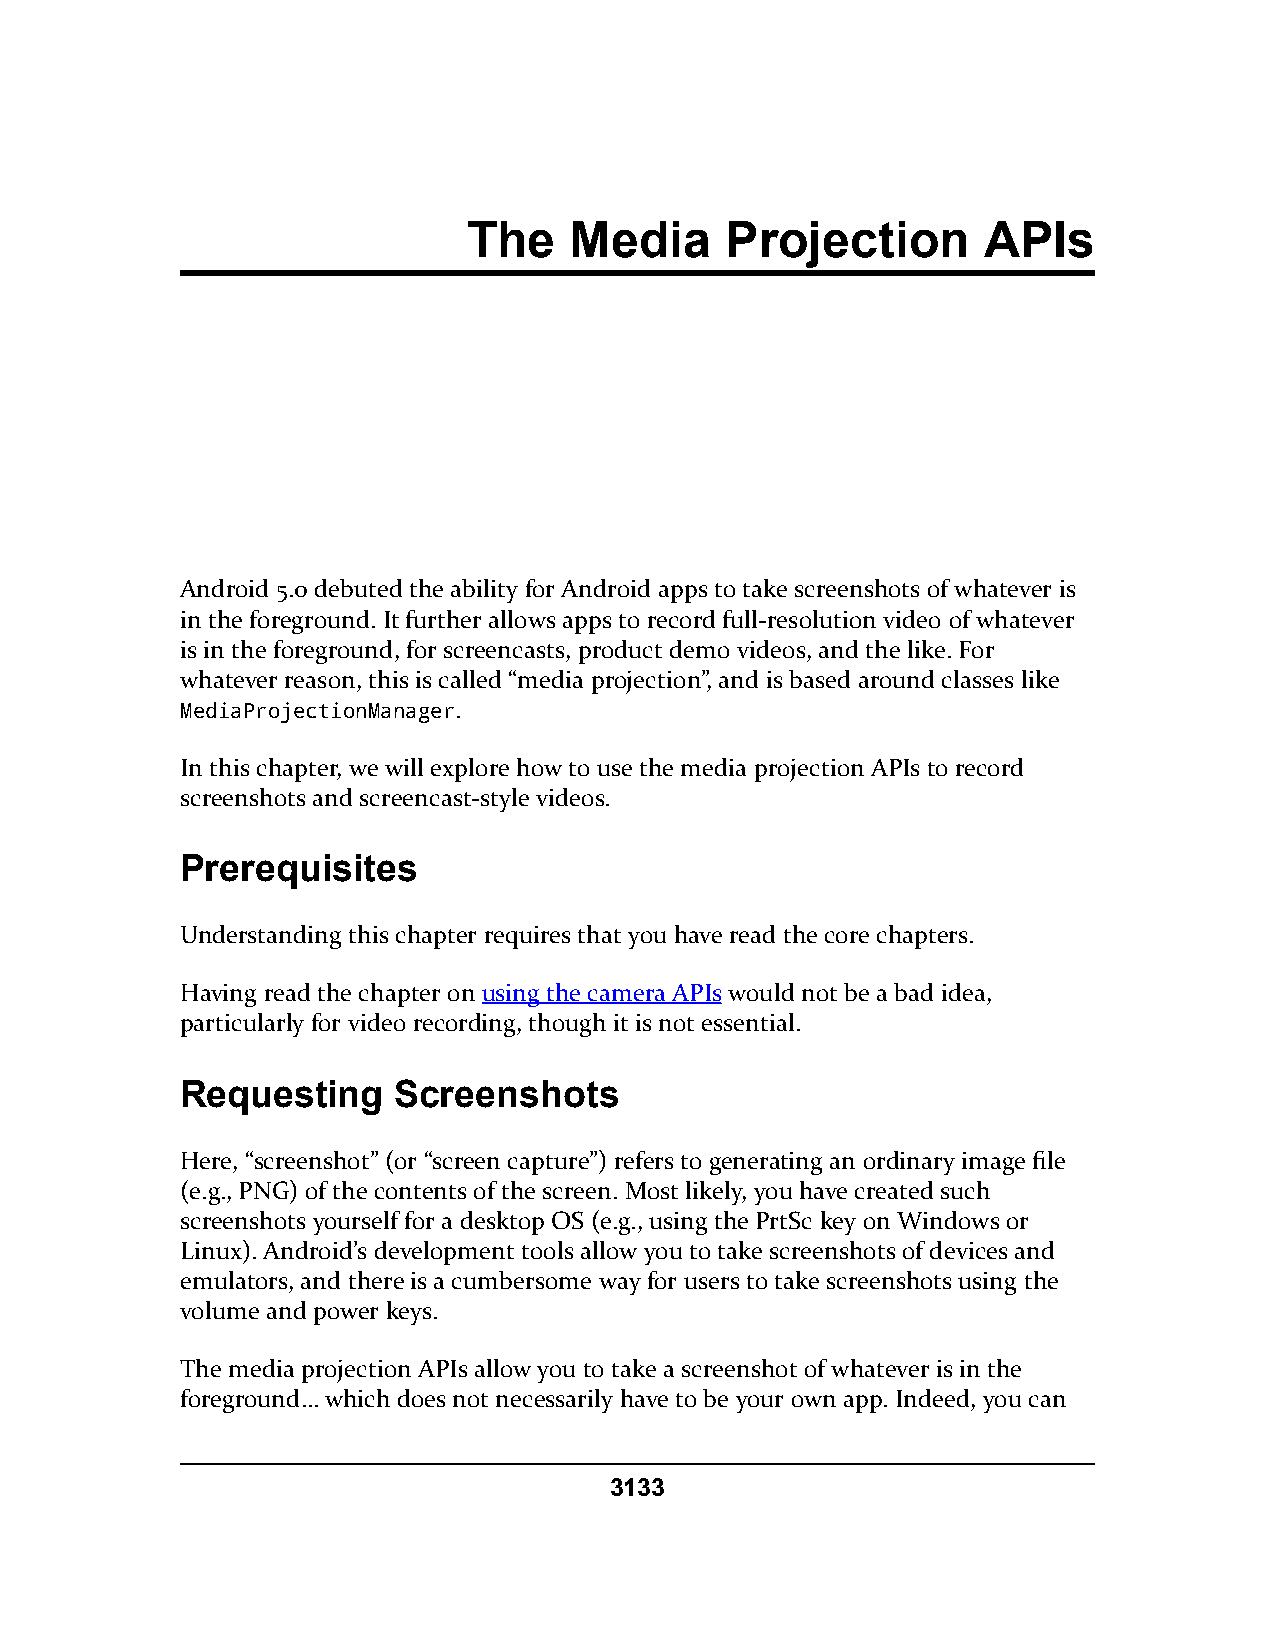
The    Media     Projection       APIs
 Android 5.0 debuted the ability for Android apps to take screenshots of whatever is
 in the foreground. It further allows apps to record full-resolution video of whatever
 is in the foreground, for screencasts, product demo videos, and the like. For
 whatever reason, this is called “media projection”, and is based around classes like
 MediaProjectionManager.
 In this chapter, we will explore how to use the media projection APIs to record
 screenshots and screencast-style videos.
 Prerequisites
 Understanding this chapter requires that you have read the core chapters.
 Having read the chapter on using the camera APIs would not be a bad idea,
 particularly for video recording, though it is not essential.
 Requesting    Screenshots
 Here, “screenshot” (or “screen capture”) refers to generating an ordinary image file
 (e.g., PNG) of the contents of the screen. Most likely, you have created such
 screenshots yourself for a desktop OS (e.g., using the PrtSc key on Windows or
 Linux). Android’s development tools allow you to take screenshots of devices and
 emulators, and there is a cumbersome way for users to take screenshots using the
 volume and power keys.
 The media projection APIs allow you to take a screenshot of whatever is in the
 foreground… which does not necessarily have to be your own app. Indeed, you can
 3133